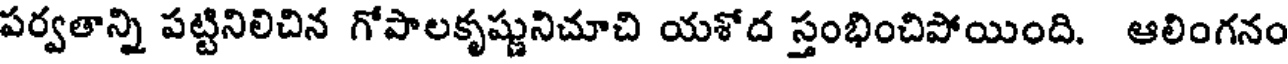
పర్వతాన్ని పట్టినిలిచిన గోపాలకృష్ణునిచూచి యశోద స్తంభించిపోయింది. ఆలింగనం